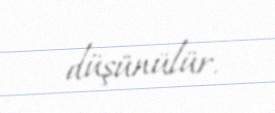
düşünülür.